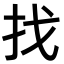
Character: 找